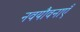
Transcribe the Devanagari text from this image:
नवयौवनाएँ